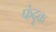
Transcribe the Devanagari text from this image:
फंदूक